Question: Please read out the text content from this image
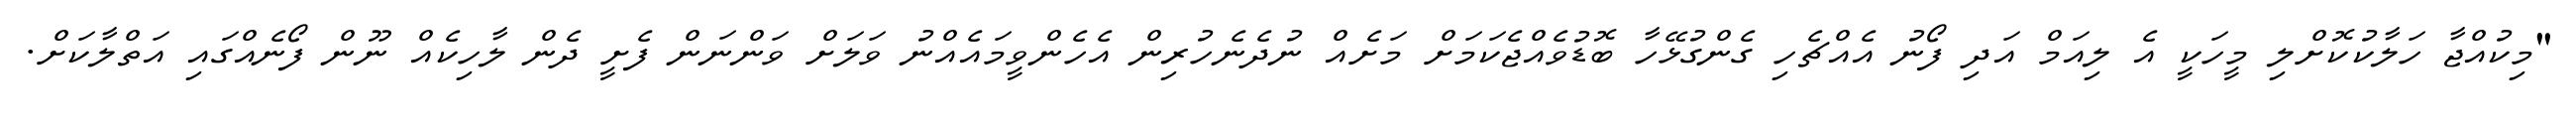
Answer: "މިކުއްޖާ ހަލާކުކޮށްލި މީހަކީ އެ ލިއަމް އަދި ފޯނު އެއްޗެހި ގެންގުޅޭހާ ބޮޑުވެއްޖެކަމަށް މަށެއް ނުދެނެހުރިން އެހެންވީމައެއްނު ވަލަށް ވަންނަން ފެށީ ދެން ލާހިކެއް ނޫން ފޯނެއްގައި އަތްލާކަށް.